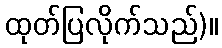
ထုတ်ပြလိုက်သည်)။